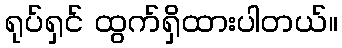
ရုပ်ရှင် ထွက်ရှိထားပါတယ်။